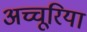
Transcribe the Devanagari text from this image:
अच्चूरिया